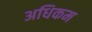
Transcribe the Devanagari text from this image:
अधिकम